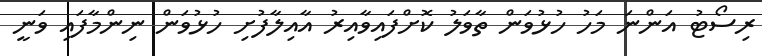
ރިސޯޓު އަންނަ މަހު ހުޅުވަން ތާވަލު ކޮށްފައިވާއިރު އާއިލާފުށި ހުޅުވަން ނިންމާފައި ވަނީ